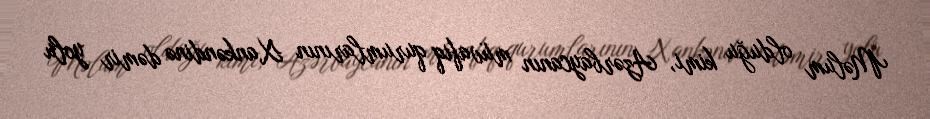
Məlum olduğu kimi, Azərbaycanın müvafiq qurumlarının Xankəndinə dəmir yolu